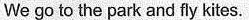
We go to the park and fly kites.